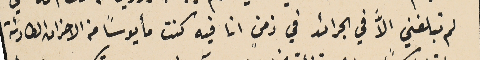
لم تبلغني الاَّ في الجرائد في زمنٍ انا فيه كنت مأيوساً من الاحران الطارئة